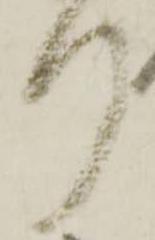
り